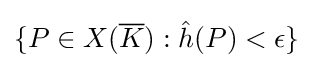
\{P\in X({\overline {K}}):{\hat {h}}(P)<\epsilon \}